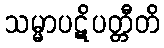
သမ္မာပဋိပတ္တီတိ